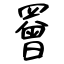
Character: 罾